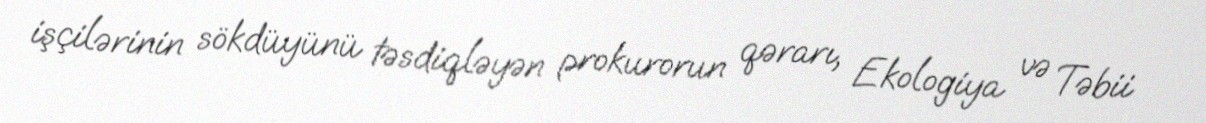
işçilərinin sökdüyünü təsdiqləyən prokurorun qərarı, Ekologiya və Təbii